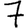
Digit: 7